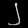
Digit: ၂